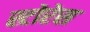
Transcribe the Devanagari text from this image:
स्टोरेस